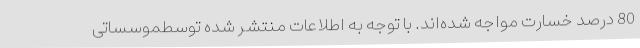
80 درصد خسارت مواجه شده‌اند. با توجه به اطلاعات منتشر شده توسطموسساتی